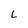
Character: L